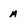
Character: a